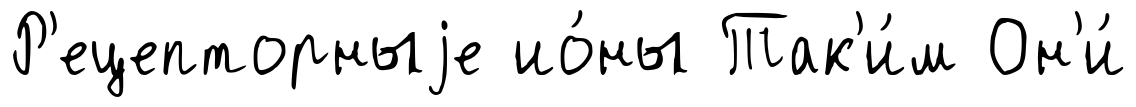
Р'ецепторныjе ио́ны Так'и́м Он'и́